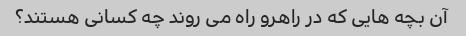
آن بچه هایی که در راهرو راه می روند چه کسانی هستند؟